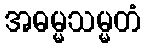
အဓမ္မသမ္မတံ